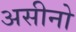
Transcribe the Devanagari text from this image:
असीनो